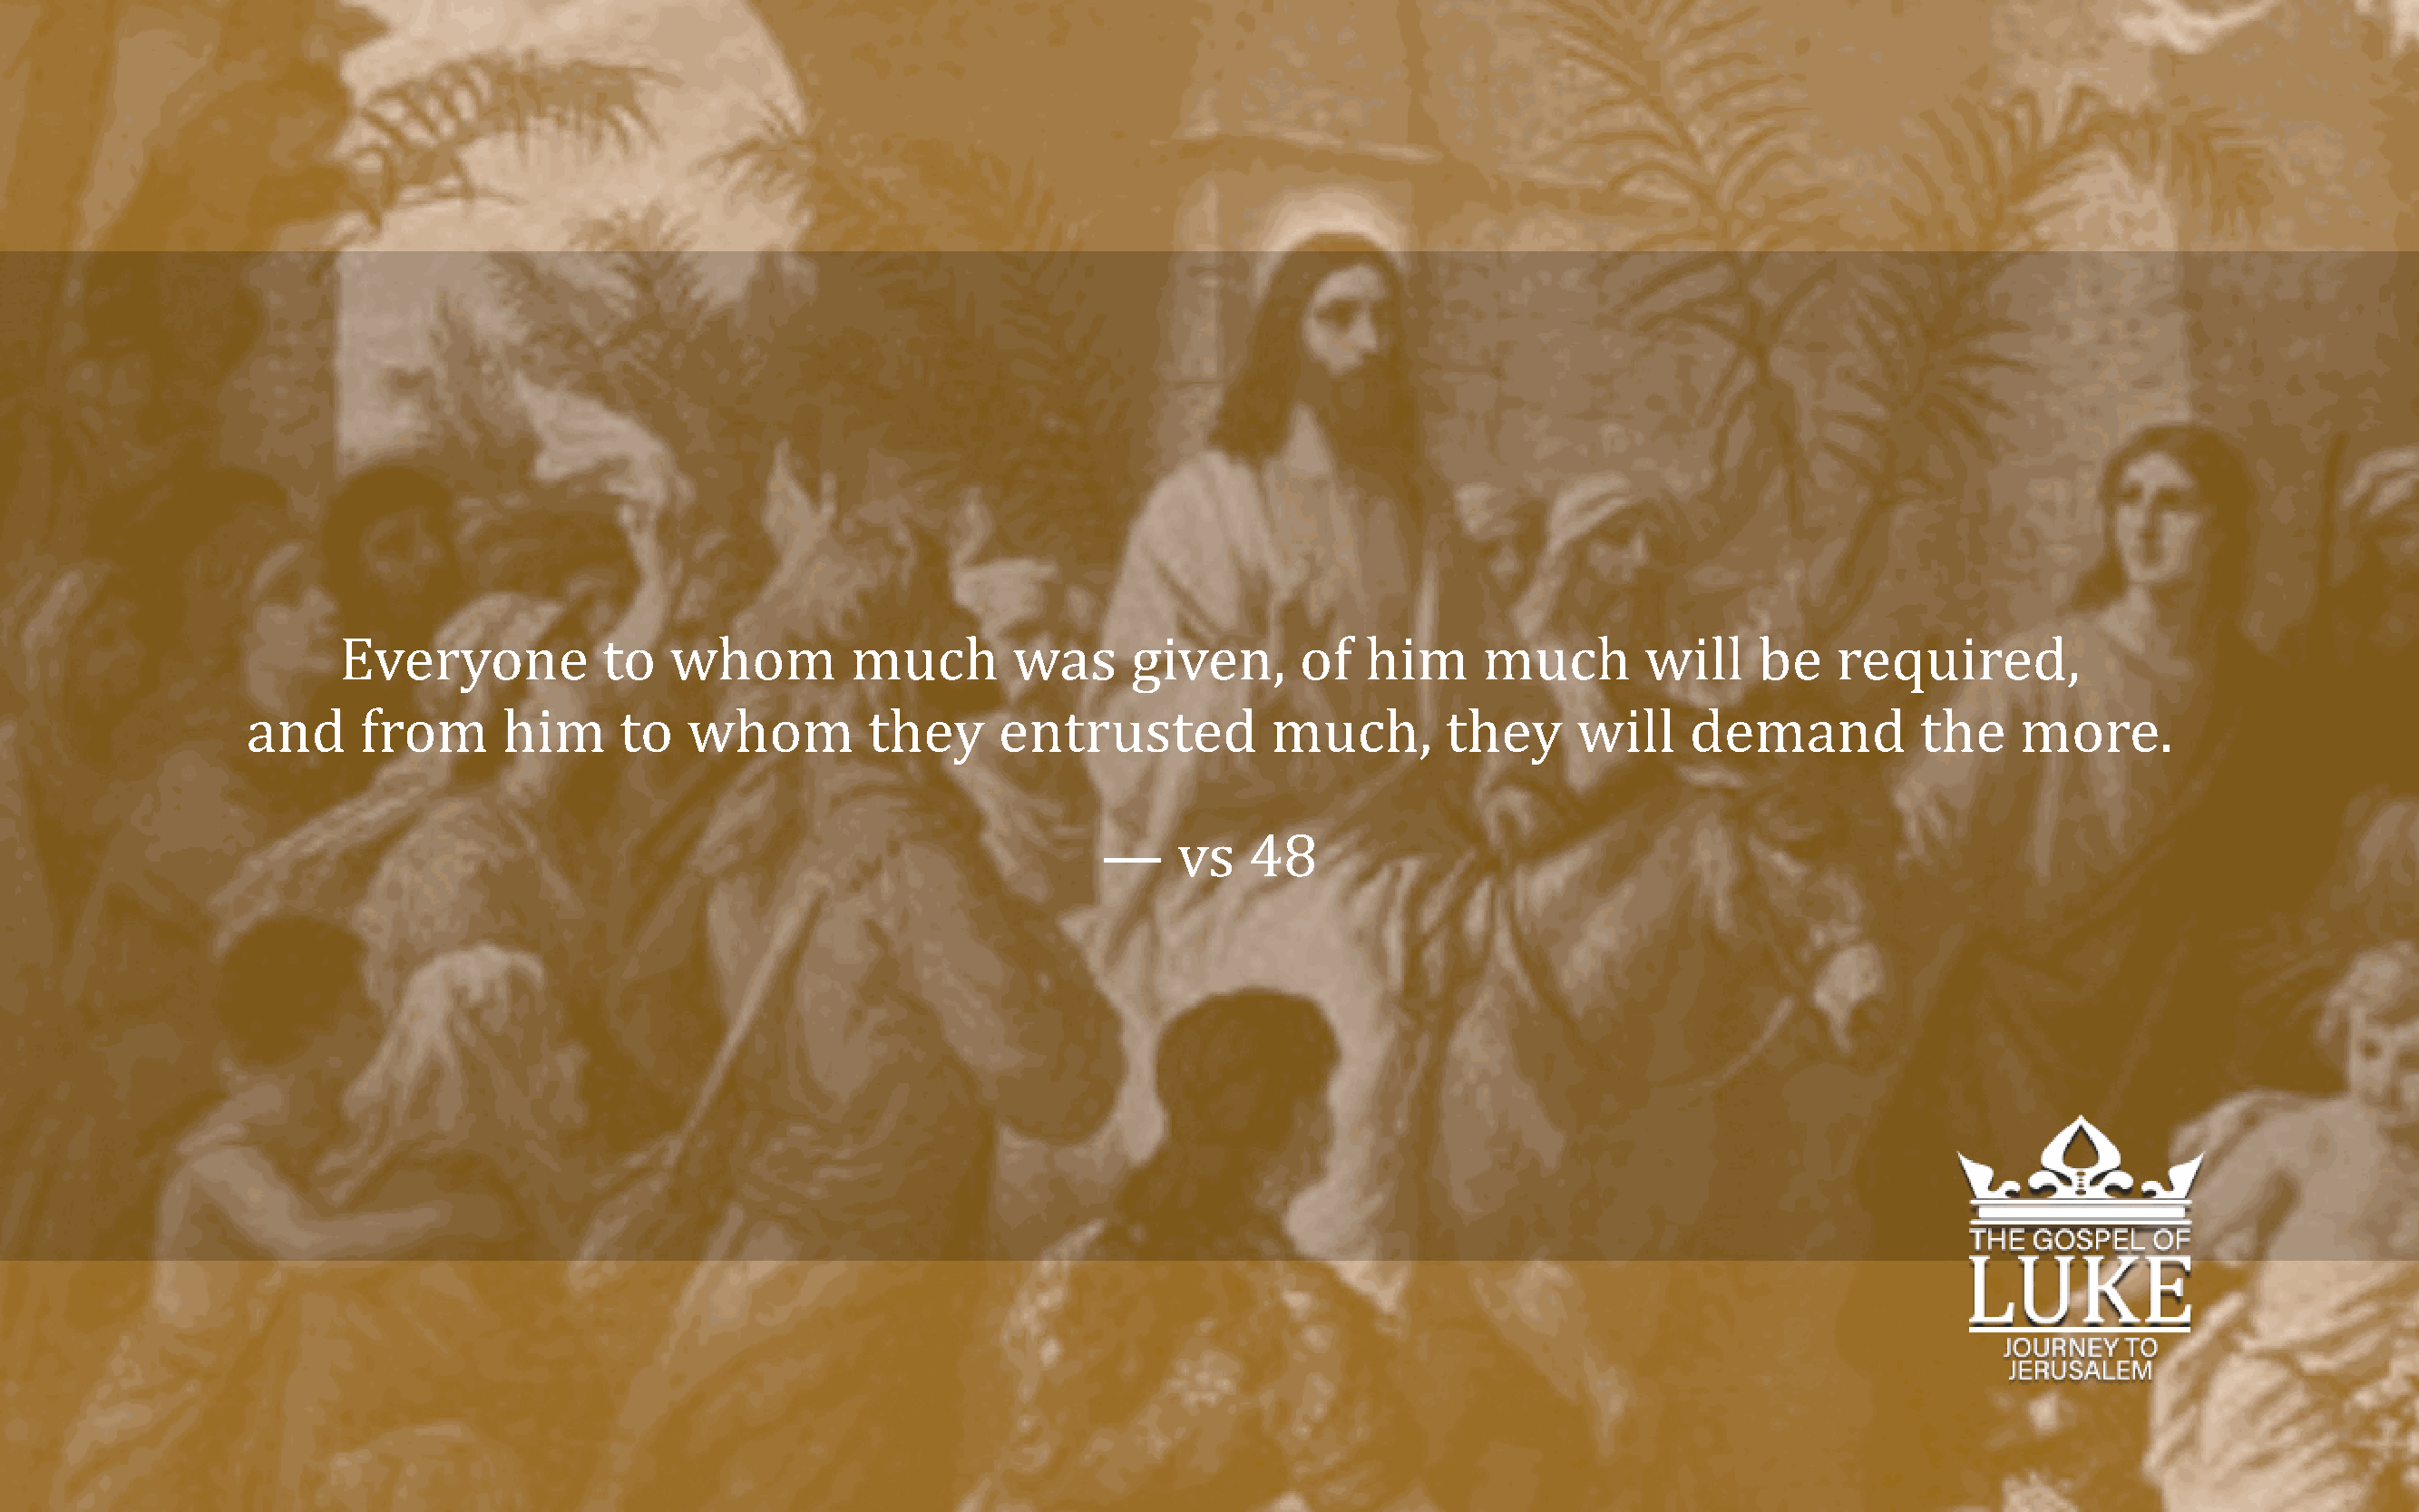
Everyone           to   whom         much        was      given,      of   him     much        will    be    required,
 and     from       him     to   whom         they      entrusted           much,        they     will    demand           the    more.
 —     vs   48